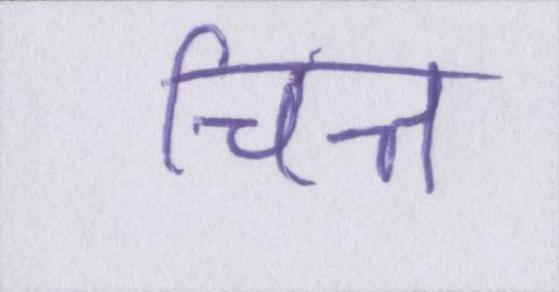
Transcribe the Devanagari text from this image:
चित्त